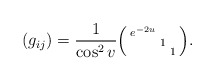
\begin{align*} (g_{ij})=\frac{1}{\cos^{2}v}\begin{psmallmatrix} e^{-2u}\\ & 1\\ & & 1 \end{psmallmatrix}. \end{align*}